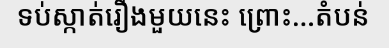
ទប់ស្កាត់រឿងមួយនេះ ព្រោះ...តំបន់